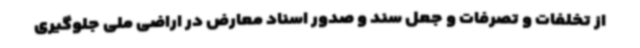
از تخلفات و تصرفات و جعل سند و صدور اسناد معارض در اراضی ملی جلوگیری